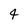
Character: 4